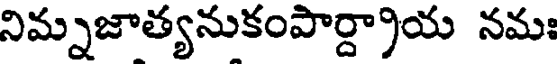
నిమ్నజాత్యనుకంపార్ద్రాయ నమః